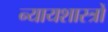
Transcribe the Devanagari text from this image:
न्यायशास्त्रों